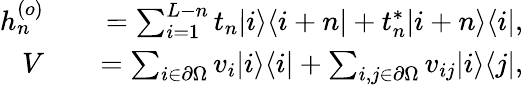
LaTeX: \begin{array}{rlr}{h_{n}^{(o)}}&{{}}&{=\sum_{i=1}^{L-n}t_{n}|i\rangle\langle i+n|+t_{n}^{\ast}|i+n\rangle\langle i|,}\\ {V}&{{}}&{=\sum_{i\in\partial\Omega}v_{i}|i\rangle\langle i|+\sum_{i,j\in\partial\Omega}v_{ij}|i\rangle\langle j|,}\end{array}